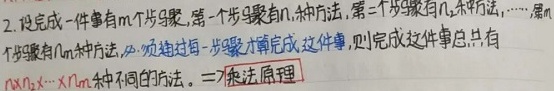
2. 设完成一件事有 \(m\) 个步骤，第一个步骤有 \(n_1\) 种方法，第二个步骤有 \(n_2\) 种方法，……，第 \(m\) 个步骤有 \(n_m\) 种方法，必须通过每一步骤才算完成这件事，则完成这件事总共有
\[n_1\times n_2\times\cdots\times n_m\] 种不同的方法。—— 乘法原理